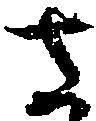
さ